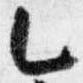
乙